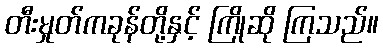
တီးမှုတ်ကခုန်တို့နှင့် ကြိုဆို ကြသည်။